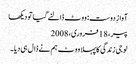
آوازِ دوست: ووٹ ڈالنے گیا تو دیکھا
پیر، 18 فروری، 2008
لو جی زندگی کا پہلا ووٹ ہم نے ڈال ہی دیا۔